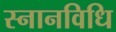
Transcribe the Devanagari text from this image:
स्नानविधि